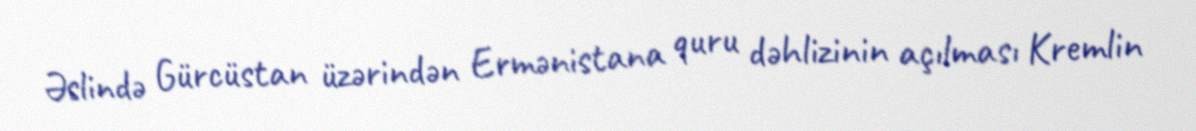
Əslində Gürcüstan üzərindən Ermənistana quru dəhlizinin açılması Kremlin